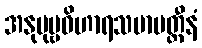
အနုပုဗ္ဗဝိဟာရသမာပတ္တီနံ